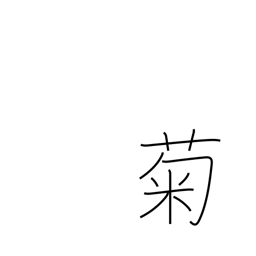
Meaning: chrysanthemum